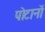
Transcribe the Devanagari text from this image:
पोटानों